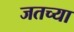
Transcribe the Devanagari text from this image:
जतच्या